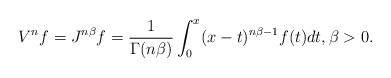
\begin{align*}V^{n}f=J^{n\beta}f=\frac{1}{\Gamma(n\beta)}\int_{0}^{x}(x-t)^{n\beta-1}f(t)dt,\beta>0.\end{align*}